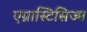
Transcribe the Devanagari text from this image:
एग्नास्टिसिज्म